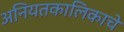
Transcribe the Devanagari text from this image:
अनियतकालिकाचे